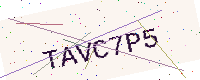
Text: TAVC7P5